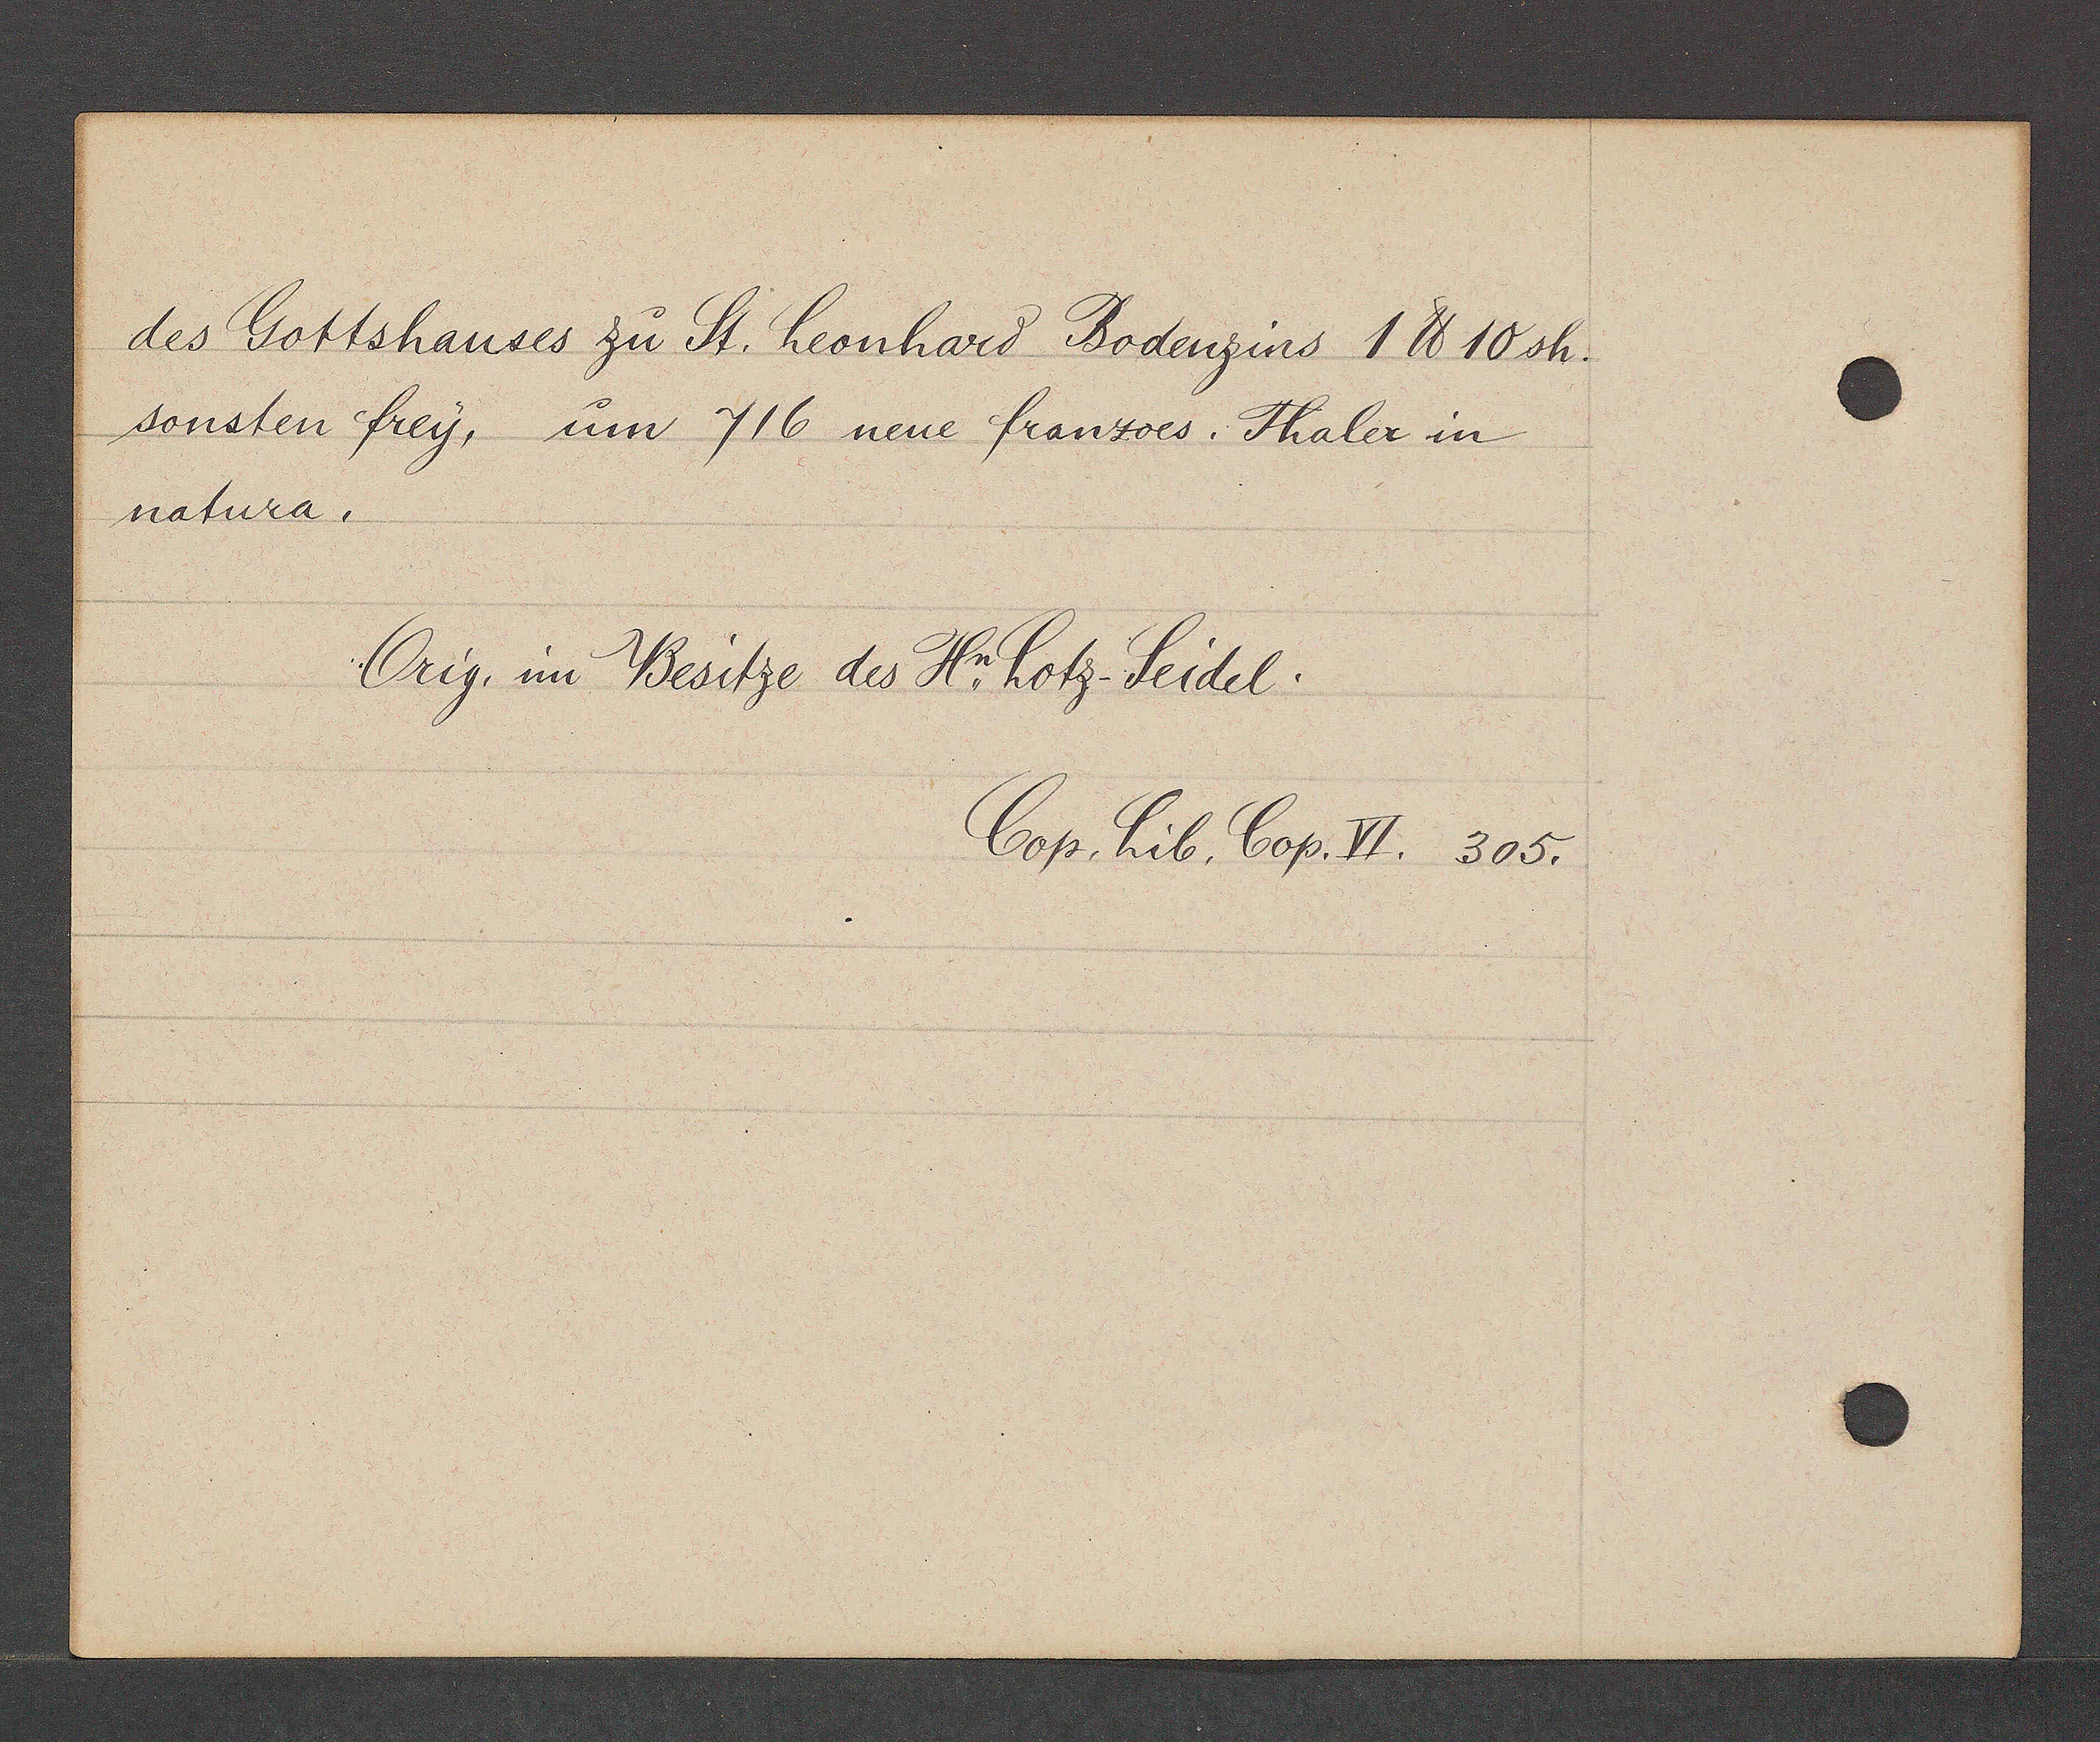
Transcript:
des Gottshauses zu St. Leonhard Bodenzins 1 ℔ 10 sh.
sonsten frey, um 716 neue franzoes. Thaler in
natura.

Orig. im Besitze des Hr Lotz-Seidel
Cop. hib. Cop. VI. 305.